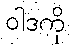
ဝါဒကို